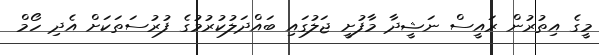
މީގެ އިތުރުން ރައީސް ނަޝީދާ މާފުށީ ޖަލުގައި ބައްދަލުކުރުމުގެ ފުރުސަތަކަށް އެދި ހޯމް